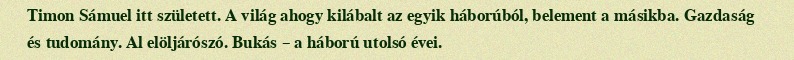
Timon Sámuel itt született. A világ ahogy kilábalt az egyik háborúból, belement a másikba. Gazdaság és tudomány. Al elöljárószó. Bukás – a háború utolsó évei.